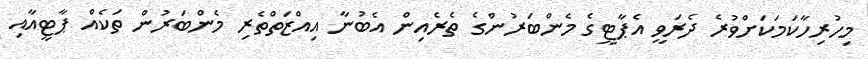
މިހުރިހާކަމަކަށްވުރެ ދެރަވީ އެޕާޓީގެ މެންބަރުންގެ ތެރެއިން އެބުނާ އިއްޒަތްތެރި މެންބަރުން ތަކެއް ޕާޓީއާއި